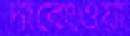
দাবেংওয়া